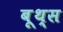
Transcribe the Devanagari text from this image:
बूथ्स